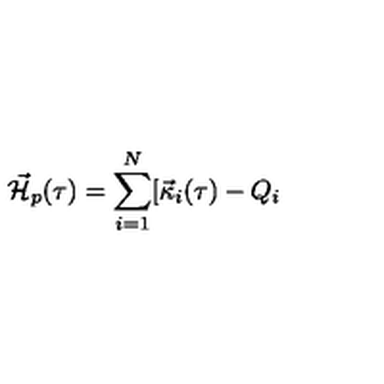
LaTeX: { { \cal \vec { H } } } _ { p } ( \tau ) = \sum _ { i = 1 } ^ { N } [ { \vec { \kappa } } _ { i } ( \tau ) - Q _ { i }